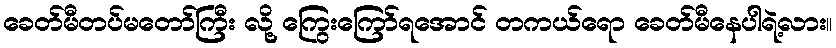
ခေတ်မီတပ်မတော်ကြီး လို့ ကြွေးကြော်ရအောင် တကယ်ရော ခေတ်မီနေပါရဲ့လား။